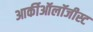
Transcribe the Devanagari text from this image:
आर्कीऑलॉजीस्ट